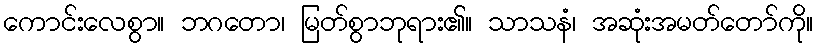
ကောင်းလေစွာ။ ဘဂတော၊ မြတ်စွာဘုရား၏။ သာသနံ၊ အဆုံးအမတ်တော်ကို။